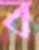
ব